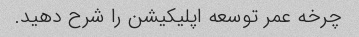
چرخه عمر توسعه اپلیکیشن را شرح دهید.